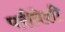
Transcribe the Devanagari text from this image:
परीवेशी